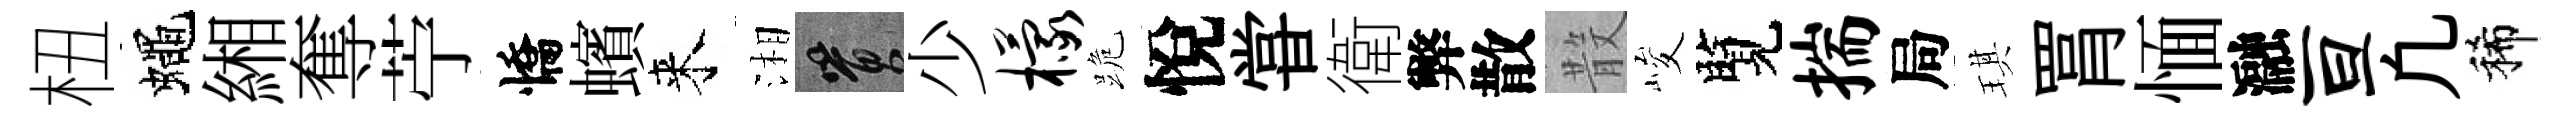
杻蠅緗奪苧憍蠙来湘篔少檬跪悅甞衛弊散𣪚峻覽揣局琪罥愐瀜亘凢稀